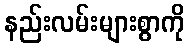
နည်းလမ်းများစွာကို